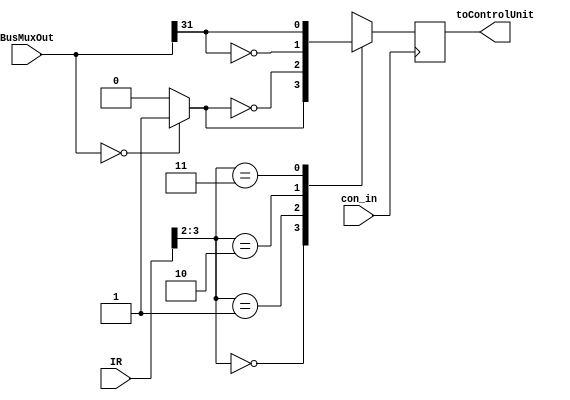
module con_ff (con_in, IR, BusMuxOut, toControlUnit);

    input con_in; // enable
    input [3:0] IR;
    input [31:0] BusMuxOut;
    output reg toControlUnit; // this is PC + 1 + C (signExtended)

    function triple_nor(input [31:0] BusMuxOut);
        // as long as 1 bit is 1, return true. Since this is then put through a NOT gate, it means
        // as long as 1 bit is 1, return false
        // that is, if zero, return true
        triple_nor = (BusMuxOut == 0) ? 1 : 0;
    endfunction

    always @(posedge con_in) begin
        
    // Note: Nor with same input is a not. Negated again, it is the original.
        if (con_in) begin
            case (IR[3:2])
                0: toControlUnit = triple_nor(BusMuxOut); // branch if zero
                1: toControlUnit = !triple_nor(BusMuxOut); // branch if non zero
                2: toControlUnit = !BusMuxOut[31]; // branch if greater than zero
                3: toControlUnit = BusMuxOut[31]; // branch if less than zero
                default: begin end // otherwise do nothing
            endcase
        end else toControlUnit <= 0; // set 0
    end

endmodule